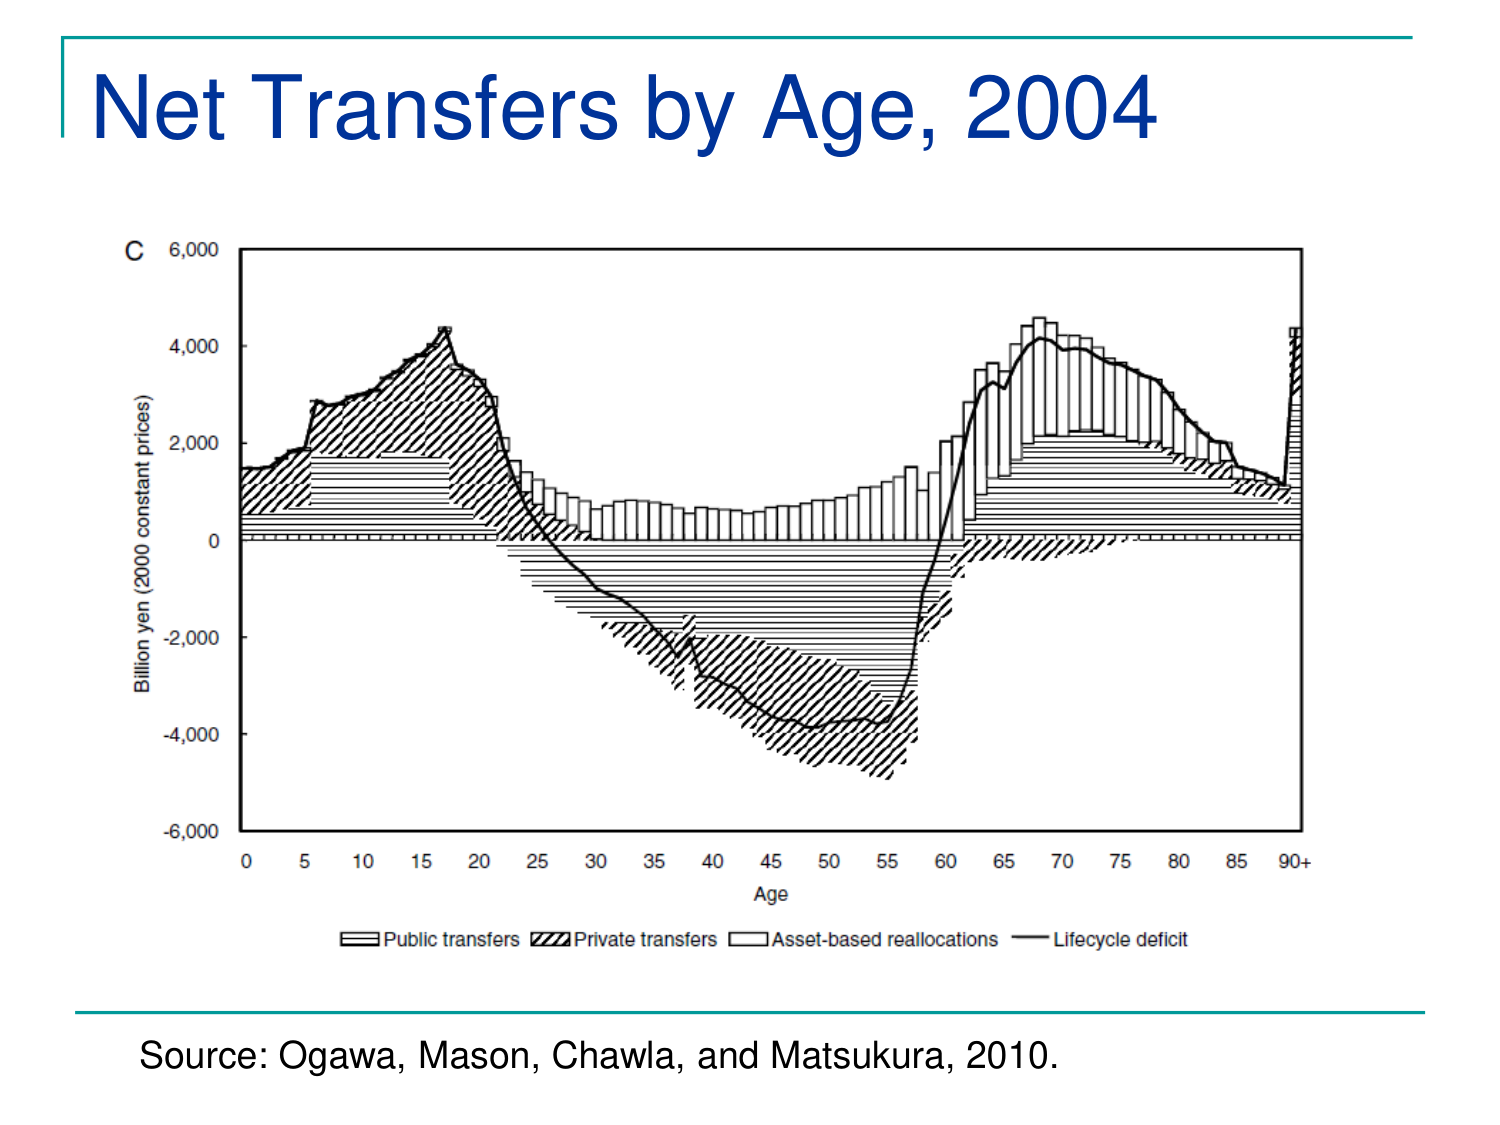
Net Transfers by Age, 2004

C
6,000
4,000
2,000
0
-2,000
-4,000
-6,000

Billion yen (2000 constant prices)

0   5   10   15   20   25   30   35   40   45   50   55   60   65   70   75   80   85   90+
Age

Public transfers   Private transfers   Asset-based reallocations   Lifecycle deficit

Source: Ogawa, Mason, Chawla, and Matsukura, 2010.